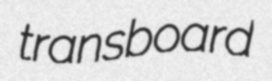
transboard